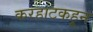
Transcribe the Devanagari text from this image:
करहाटकहून